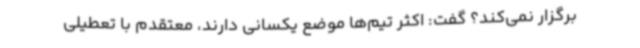
برگزار نمی‌کند؟ گفت: اکثر تیم‌ها موضع یکسانی دارند، معتقدم با تعطیلی